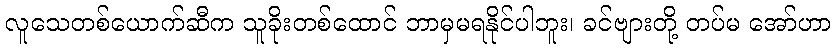
လူသေတစ်ယောက်ဆီက သူခိုးတစ်ထောင် ဘာမှမရနိုင်ပါဘူး၊ ခင်ဗျားတို့ တပ်မ အော်ဟာ